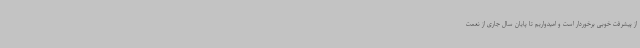
از پیشرفت خوبی برخوردار است و امیدواریم تا پایان سال جاری از نعمت